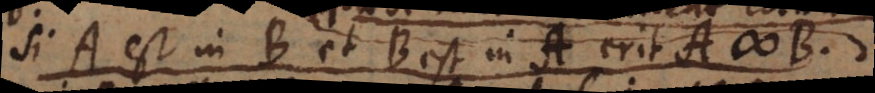
si A est in B et B est in C etiam A est